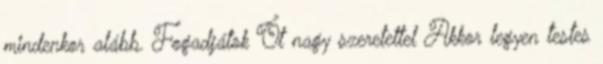
mindenkor alább. Fogadjátok Őt nagy szeretettel Akkor legyen testes